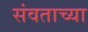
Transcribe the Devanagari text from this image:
संवताच्या